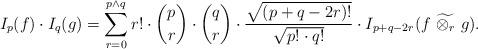
LaTeX: \begin{align*}I_p(f) \cdot I_q(g) = \sum_{r=0}^{p \wedge q} r! \cdot \binom{p}{r} \cdot \binom{q}{r} \cdot \frac{\sqrt{(p+q-2r)!}}{\sqrt{p! \cdot q!}}\cdot I_{p+q-2r} (f \ \widetilde{{\otimes}_r} \ g). \end{align*}